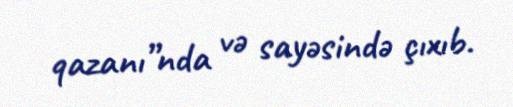
qazanı”nda və sayəsində çıxıb.